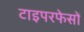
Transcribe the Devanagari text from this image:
टाइपरफेसों